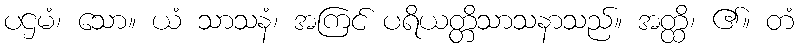
ပဌမံ၊ သော။ ယံ သာသနံ၊ အကြင် ပရိယတ္တိသာသနာသည်။ အတ္ထိ၊ ၏။ တံ